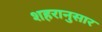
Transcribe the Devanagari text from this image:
शहरानुसार